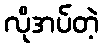
လိုအပ်တဲ့